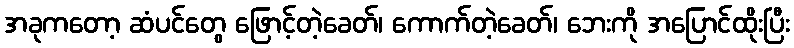
အခုကတော့ ဆံပင်တွေ ဖြောင့်တဲ့ခေတ်၊ ကောက်တဲ့ခေတ်၊ ဘေးကို အပြောင်ထိုးပြီး